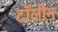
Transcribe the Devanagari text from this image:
टॉलीन